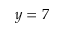
y = 7